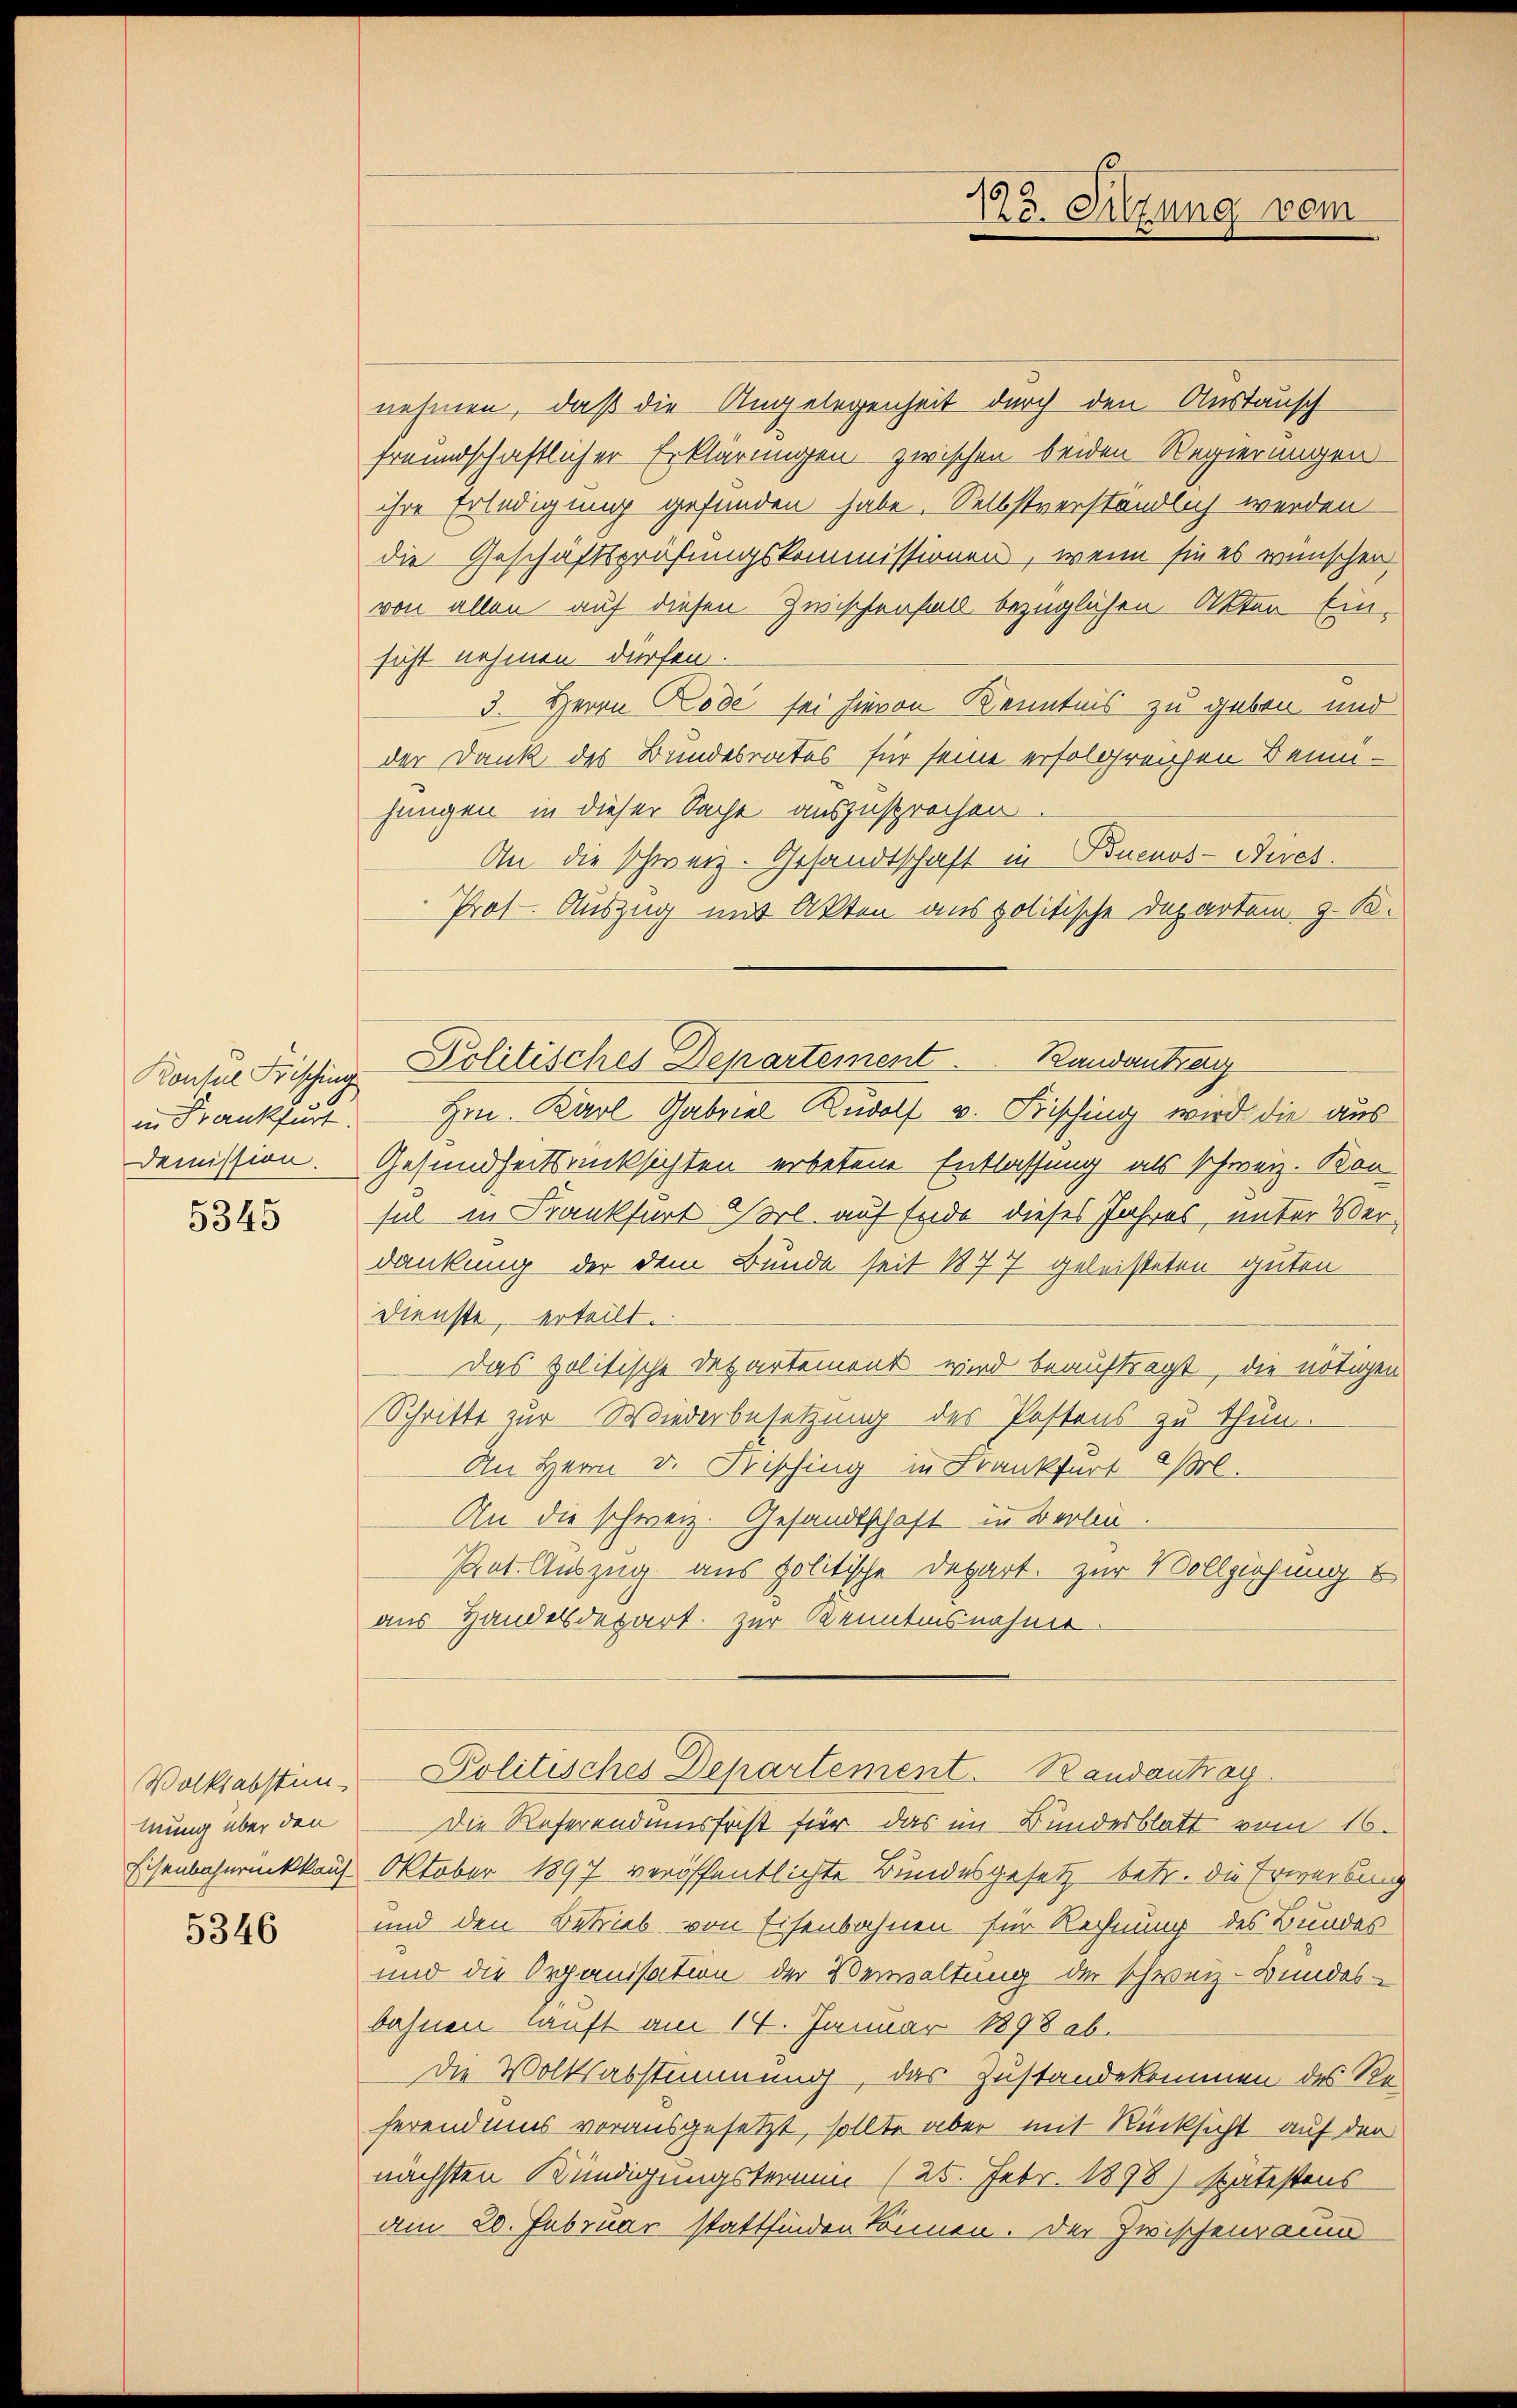
in Frankfurt.

5345

mung über den

5346

nehmen, daß die Angelegenheit durch den Austausch
freundschaftlicher Erklärungen zwischen beiden Regierungen
ihre Erledigung gefunden habe. Selbstverständlich werden
die Geschäftsprüfungskommissionen, wenn sie es wünscher
von allen auf diesen Zwischenfall bezüglichen Akten Einsicht nehmen dürfen.
3. Herrn Kode sei hievon Kenntnis zu geben, und
der Dank des Bundesrates für seine erfolgreichen Benn-
jungen in dieser Sache auszusprochen
An die schweiz. Gesandtschaft in Buenos-Aires.
Prof. Auszug mit Akten aus politische Departem z. B.
Kontone Frisching Politisches Departement . .   Randantrag
Hrn. Karl Gabriel Rudolf v. Frisching wird die aus
Demission. Gesundheitsrücksichten erbetene Entlassung als schweiz. Konsul in Frankfurt Vorl auf Ende dieses Jahres, unter Verdankung der dem Bunde seit 1877 geleisteten guten
Dienste, erteilt.
Das politische Departement wird beauftragt, die nötigen
Schritte zur Wiederbesetzung des Postens zu thun.
An Herrn v. Frisching in Frankfurt 2 rl.
An die schweiz. Gesandtschaft in Berlin
Pat. Auszug aus politische Depart. Zur Vollziehung b
aus Handelsdepart zur Kenntnisnahme.

13. Sitzung verm

Die Referendumsfest für das im Bundesblatt vom 16.
Eisenbahnrückkauf Oktober 1897 veröffentlichte Bundesgesetz betr. die Erwerbung
und den Betrieb von Eisenbahnen für Rechnung des Bundes
und die Organisation der Verwaltung der schweiz. Bundes-
bahnen lauft am 14. Januar 1898 ab.
Die Volksabstimmung, das Zustandekommen des Re-
ferend uns vorausgesetzt, sollte aber mit Rücksicht auf der
nächsten Kündigungstermin (25. Febr. 1898) spätestens
Am 20. Februar stattfinden können. Der Zwischenraum

Volksabstim, Politisches Departement. Bandantrag